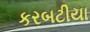
કરબટીયા